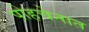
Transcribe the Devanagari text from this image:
पोहचेनात